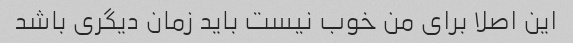
این اصلا برای من خوب نیست باید زمان دیگری باشد